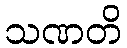
သဏတိ